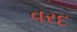
વરદ